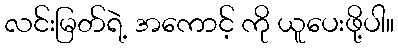
လင်းမြတ်ရဲ့ အကောင့် ကို ယူပေးဖို့ပါ။